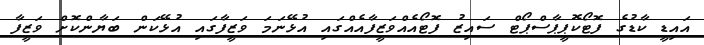
އައިޑީ ކާޑުގެ ފޮޓޯކޮޕީޕާސްޕޯޓް ސައިޒު ފޮޓޯއެއްވަޒީފާއެއްގައި އުޅޭނަމަ ވަޒީފާގައި އުޅޭކަން ބަޔާންކޮށް ވަޒީފާ